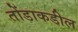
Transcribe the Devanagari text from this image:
तोंडाकडील